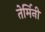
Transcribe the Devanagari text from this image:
तेर्मिनी